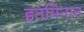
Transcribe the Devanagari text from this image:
इतमिनान